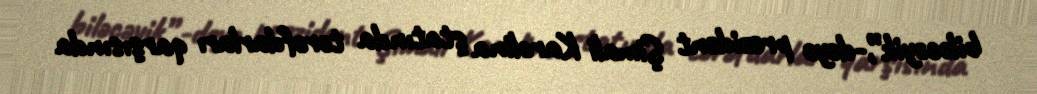
biləcəyik”,-deyə prezident Şimali Karolina ştatında tərəfdarları qarşısında